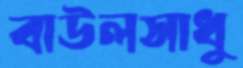
বাউলসাধু